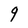
Character: 9